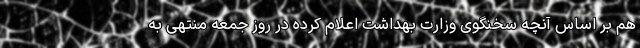
هم بر اساس آنچه سخنگوی وزارت بهداشت اعلام کرده در روز جمعه منتهی به